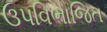
ઉપવિભાજિત